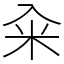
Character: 籴